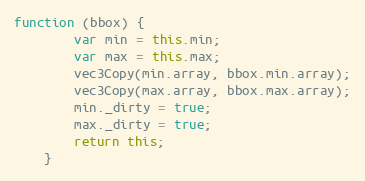
Language: JavaScript
function (bbox) {
        var min = this.min;
        var max = this.max;
        vec3Copy(min.array, bbox.min.array);
        vec3Copy(max.array, bbox.max.array);
        min._dirty = true;
        max._dirty = true;
        return this;
    }